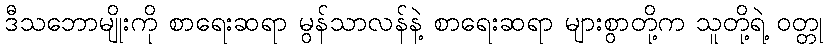
ဒီသဘောမျိုးကို စာရေးဆရာ မွန်သာလန်နဲ့ စာရေးဆရာ များစွာတို့က သူတို့ရဲ့ ဝတ္တု